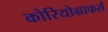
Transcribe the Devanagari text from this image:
कोरियोग्राफर्स